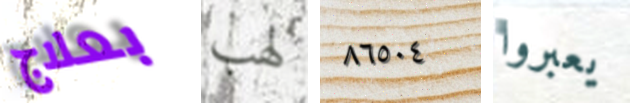
بعلاج لهب ٨٦٥٠٤ يعبروا